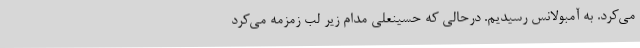
می‌کرد. به آمبولانس رسیدیم. درحالی که حسینعلی مدام زیر لب زمزمه می‌کرد